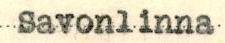
Savonlinna